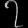
Digit: ၇